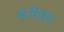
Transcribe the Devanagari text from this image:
हत्येवर